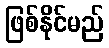
ဖြစ်နိုင်မည်